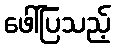
ဖေါ်ပြသည့်